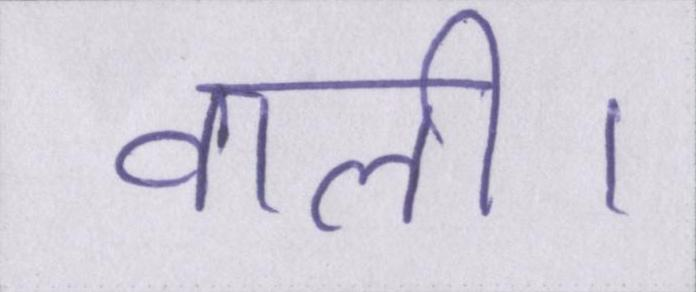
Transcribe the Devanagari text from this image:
वाली।